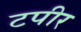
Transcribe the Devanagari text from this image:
टपीर